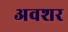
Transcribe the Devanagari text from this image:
अवशर